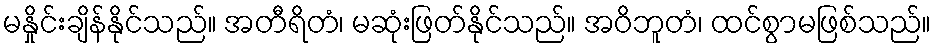
မနှိုင်းချိန်နိုင်သည်။ အတီရိတံ၊ မဆုံးဖြတ်နိုင်သည်။ အဝိဘူတံ၊ ထင်စွာမဖြစ်သည်။